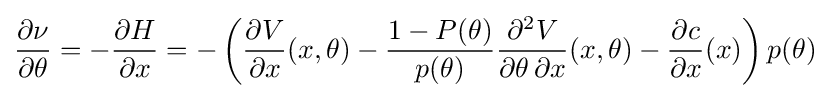
{\frac {\partial \nu }{\partial \theta }}=-{\frac {\partial H}{\partial x}}=-\left({\frac {\partial V}{\partial x}}(x,\theta )-{\frac {1-P(\theta )}{p(\theta )}}{\frac {\partial ^{2}V}{\partial \theta \,\partial x}}(x,\theta )-{\frac {\partial c}{\partial x}}(x)\right)p(\theta )